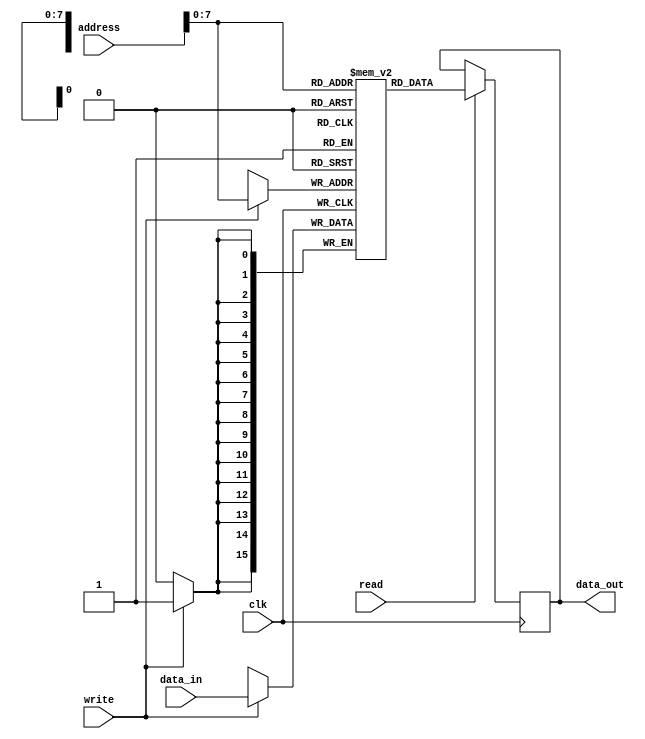
module ram(
    input clk,
    input read, 
    input write,
    input [15:0] address,
    input [15:0] data_in,
    output reg [15:0] data_out
);

reg [15:0] memory [254:0];


// Instruction RAM
initial begin
    memory[0] = 6'd4;
    memory[1] = 8'h34;

    memory[2] = 6'd36;

    memory[3] = 6'd4;
    memory[4] = 8'h35;

    memory[5] = 6'd37;

    memory[6] = 6'd12;
    memory[7] = 8'h36;

    memory[8] = 6'd14;
    memory[9] = 8'h3A;

    memory[10] = 6'd16;
    memory[11] = 8'h3E;
    
    memory[12] = 6'd18;

    memory[13] = 6'd38;

    memory[14] = 6'd21;

    memory[15] = 6'd51;

    memory[16] = 6'd38;

    memory[17] = 6'd24;

    memory[18] = 6'd41;

    memory[19] = 6'd33;

    memory[20] = 6'd43;

    memory[21] = 6'd44;

    memory[22] = 6'd4;
    memory[23] = 8'h33;

    memory[24] = 6'd48;

    memory[25] = 6'd8;
    memory[26] = 8'h33;

    memory[27] = 6'd46;

    memory[28] = 6'd52;// JPNZ Loop L1
    memory[29] = 8'h0C;

    memory[30] = 6'd42;

    memory[31] = 6'd55;

    memory[32] = 6'd8;
    memory[33] = 8'h33;

    memory[34] = 6'd4;
    memory[35] = 8'h32;

    memory[36] = 6'd48;

    memory[37] = 6'd8;
    memory[38] = 8'h32;

    memory[39] = 6'd45;

    memory[40] = 6'd16;
    memory[41] = 8'h3E;

    memory[42] = 6'd52;// JPNZ Loop L1
    memory[43] = 8'h0C; 

    memory[44] = 6'd56;

    memory[45] = 6'd57;// END
end


// Data RAM

initial begin
    memory[50] = 16'd0;
    memory[51] = 16'd0;
    memory[52] = 16'd2;
    memory[53] = 16'd2;
    memory[54] = 16'd2;
    memory[55] = 16'd1;
    memory[56] = 16'd5;
    memory[57] = 16'd4;
    memory[58] = 16'd34;
    memory[59] = 16'd54;
    memory[60] = 16'd55;
    memory[61] = 16'd67;
    memory[62] = 16'd0;
    memory[63] = 16'd0;
end

always @(posedge clk) begin
    if(read==1) begin
        data_out <= memory[address[7:0]];
    end

    if(write==1) begin
        memory[address[7:0]] <= data_in;
    end
end

endmodule